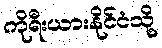
ကိုရီးယားနိုင်ငံသို့